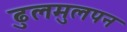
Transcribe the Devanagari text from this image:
ढुलमुलपन